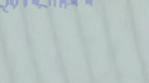
مسجد السلام   مكان للعباد